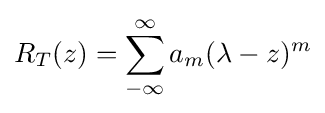
R_{T}(z)=\sum _{-\infty }^{\infty }a_{m}(\lambda -z)^{m}